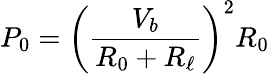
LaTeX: P_{0}=\left(\frac{V_{b}}{R_{0}+R_{\ell}}\right)^{2}R_{0}